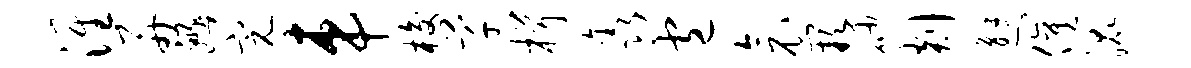
淮舟豳完车梭芊楫鑫包衾缺砂剡邂催混